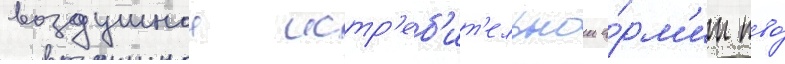
воздушнои истр'еб'ит'ельнои а́рм'ии пво́